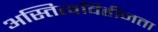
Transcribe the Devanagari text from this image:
अस्तित्वविहीनता